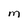
Character: M